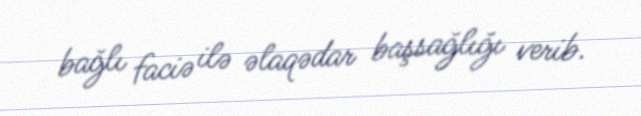
bağlı faciə ilə əlaqədar başsağlığı verib.